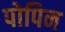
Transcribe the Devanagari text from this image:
पोपिन